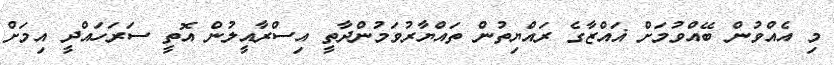
މި އެއްވުން ބޭއްވުމަށް ޣައްޒާގެ ރައްޔިތުން ތައްޔާރުވަމުންދާތީ އިސްރާއީލުން އޮތީ ސަރަހައްދީ އިމަށް